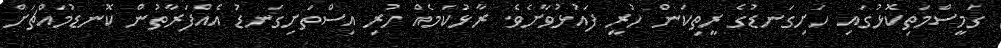
ގަމީސްމަތިކޮޅުގައި ހަށިގަނޑުގެ ރީތިކަން ހުރީ ފައުޅުވާށެވެ. ރާޅުކަމެއް ހުރި އިސްތަށިގަނޑު އެއްފަރާތުން ކޮނޑުމައްޗަށް